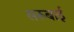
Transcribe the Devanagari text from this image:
सरूबाई